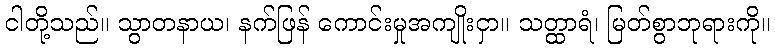
ငါတို့သည်။ သွာတနာယ၊ နက်ဖြန် ကောင်းမှုအကျိုးငှာ။ သတ္ထာရံ၊ မြတ်စွာဘုရားကို။